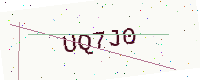
Text: UQ7J0